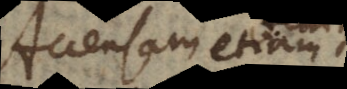
Accensam etiam